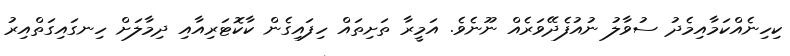
ކިހިނެއްކަމާއިމެދު ސުވާލު ނުއުފެދޭވަރެއް ނޫނެވެ. އަމީރާ ތަށިތައް ހިފައިގެން ކާކޮޓަރިއާއި ދިމާލަށް ހިނގައިގަތްއިރު